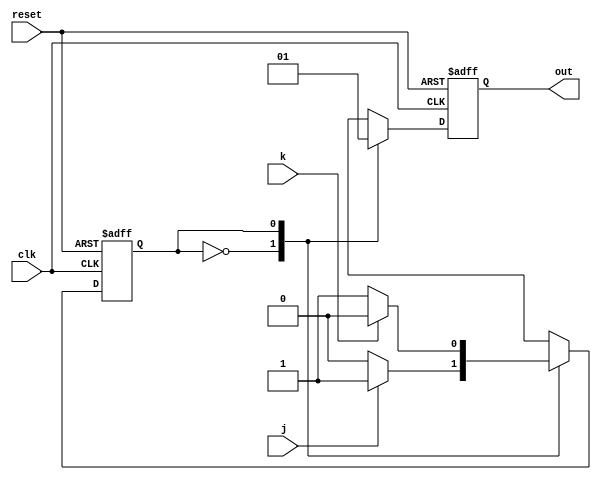
`timescale 1ns/1ps
module fsm (output reg out, input wire clk, reset, j, k);
    reg state;
    parameter OFF=0, ON=1;
    always @(posedge clk or negedge reset)
        if(reset==1'b0)
            begin
            state=OFF;
            out=0;
            end
        else
            begin
                case (state)
                OFF:
                    begin
                    out=0;
                    if(j==1) 
                        state=ON;
                    else 
                        state=OFF;
                    end
                ON:
                    begin
                    out=1;
                    if(k==0) 
                        state=ON;
                    else 
                        state=OFF;
                    end
                default: state=OFF;
                endcase
            end
endmodule